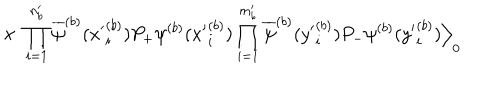
\times \; \prod _ { i = 1 } ^ { n _ { b } ^ { \prime } } \overline { { { \psi } } } ^ { ( b ) } ( { x ^ { \prime } } _ { i } ^ { ( b ) } ) P _ { + } \psi ^ { ( b ) } ( { x ^ { \prime } } _ { i } ^ { ( b ) } ) \prod _ { i = 1 } ^ { m _ { b } ^ { \prime } } \overline { { { \psi } } } ^ { ( b ) } ( { y ^ { \prime } } _ { i } ^ { ( b ) } ) P _ { - } \psi ^ { ( b ) } ( { y ^ { \prime } } _ { i } ^ { ( b ) } ) \Big \rangle _ { 0 }